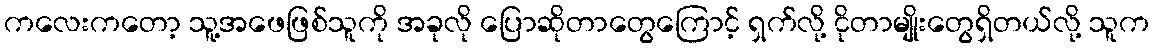
ကလေးကတော့ သူ့အဖေဖြစ်သူကို အခုလို ပြောဆိုတာတွေကြောင့် ရှက်လို့ ငိုတာမျိုးတွေရှိတယ်လို့ သူက